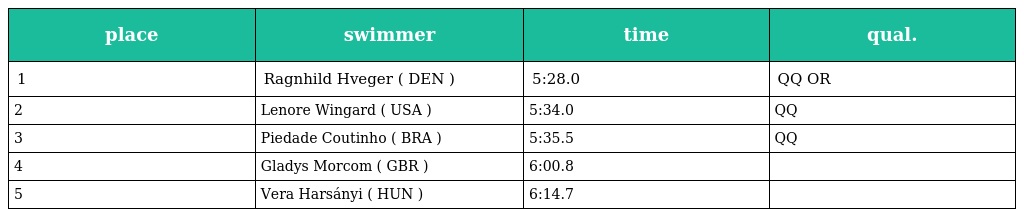
| place | swimmer | time | qual. |
 | --- | --- | --- | --- |
 | 1 | Ragnhild Hveger ( DEN ) | 5:28.0 | QQ OR |
 | 2 | Lenore Wingard ( USA ) | 5:34.0 | QQ |
 | 3 | Piedade Coutinho ( BRA ) | 5:35.5 | QQ |
 | 4 | Gladys Morcom ( GBR ) | 6:00.8 |  |
 | 5 | Vera Harsányi ( HUN ) | 6:14.7 |  |